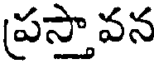
ప్రస్తావన